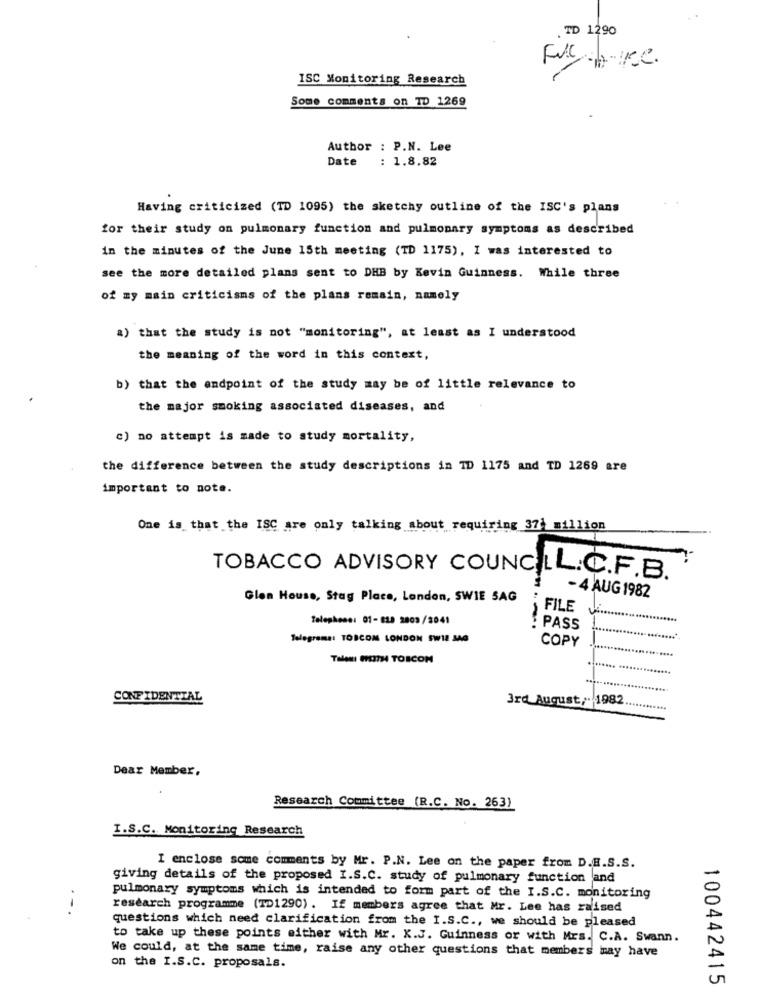
. TD 1290
Full
ISC Monitoring Research
Some comments on TD 1269
Author : P.N. Lee
Date
: 1.8.82
Having criticized (TD 1095) the sketchy outline of the ISC's plans
for their study on pulmonary function and pulmonary symptoms as described
in the minutes of the June 15th meeting (TD 1175), I was interested to
see the more detailed plans sent to DHB by Kevin Guinness. While three
of my main criticisms of the plans remain, namely
a) that the study is not "monitoring", at least as I understood
the meaning of the word in this context,
b) that the endpoint of the study may be of little relevance to
the major smoking associated diseases, and
c) no attempt is made to study mortality,
the difference between the study descriptions in TD 1175 and TD 1269 are
important to note.
One is that the ISC are only talking about requiring 37 million
TOBACCO ADVISORY COUNCILL.C.F.B.
Glen House, Stag Place, London, SWIE SAG
- 4 AUG 1982
FILE
Telephone: 01-818 2803/2041
. PASS
Telegrama: TOSCOM LONDON SW18 JAG
COPY
Talenti WITH4 TOICOM
CONFIDENTIAL
3rd August ,. 1982
Dear Member,
Research Committee (R.C. No. 263)
I.S.C. Monitoring Research
I enclose some comments by Mr. P.N. Lee on the paper from D.H.S.S.
giving details of the proposed I.S.C. study of pulmonary function and
pulmonary symptoms which is intended to form part of the I.S.C. monitoring
--.
research programme (TD1290) . If members agree that Mr. Lee has raised
questions which need clarification from the I.S.C ., we should be pleased
to take up these points either with Mr. X.J. Guinness or with Mrs. C.A. Swann.
We could, at the same time, raise any other questions that members may have
on the I.S.C. proposals.
100442415